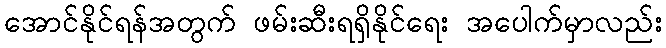
အောင်နိုင်ရန်အတွက် ဖမ်းဆီးရရှိနိုင်ရေး အပေါက်မှာလည်း